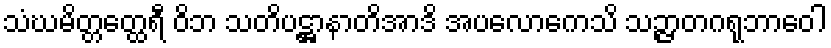
သံဃမိတ္တတ္ထေရီ ဝိဘ သတိပဋ္ဌာနာတိအာဒိ အပလောကေသိ သဉ္ဇာတဂရုဘာဝေါ